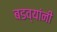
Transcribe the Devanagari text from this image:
बडव्यांनी